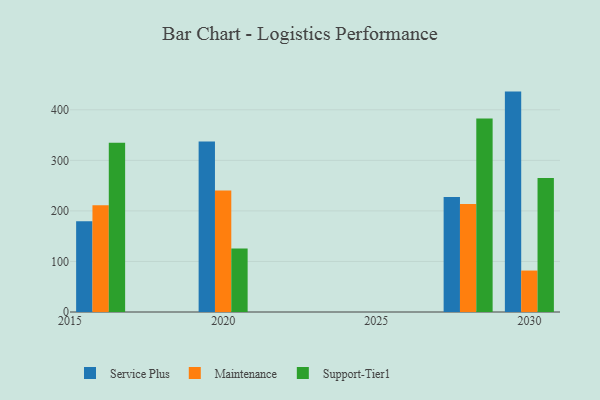
{"axis": {"x": "Year", "y": "Backlog"}, "legend": ["Maintenance", "Service Plus", "Support-Tier1"], "data": [{"x": "2028", "y": 227.5, "type": "Service Plus"}, {"x": "2028", "y": 213.7, "type": "Maintenance"}, {"x": "2028", "y": 382.8, "type": "Support-Tier1"}, {"x": "2016", "y": 179.7, "type": "Service Plus"}, {"x": "2016", "y": 211.3, "type": "Maintenance"}, {"x": "2016", "y": 334.8, "type": "Support-Tier1"}, {"x": "2020", "y": 337.1, "type": "Service Plus"}, {"x": "2020", "y": 240.4, "type": "Maintenance"}, {"x": "2020", "y": 125.5, "type": "Support-Tier1"}, {"x": "2030", "y": 436.0, "type": "Service Plus"}, {"x": "2030", "y": 82.0, "type": "Maintenance"}, {"x": "2030", "y": 265.0, "type": "Support-Tier1"}]}